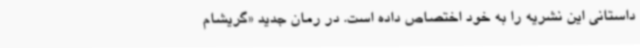
داستانی این نشریه را به خود اختصاص داده است. در رمان جدید «گریشام